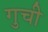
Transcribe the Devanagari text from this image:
गुची